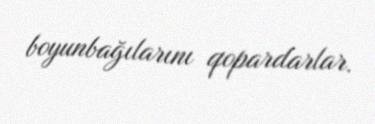
boyunbağılarını qopardarlar.